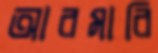
আরমারি